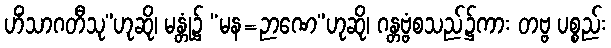
ဟိံသာဂတီသု”ဟုဆို၊ မန္တုံ၌ “မန=ဉာဏေ”ဟုဆို၊ ဂန္တဗ္ဗံစသည်၌ကား တဗ္ဗ ပစ္စည်း